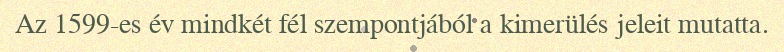
Az 1599-es év mindkét fél szempontjából a kimerülés jeleit mutatta.